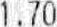
1.70